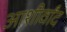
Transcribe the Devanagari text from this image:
आशीर्वांद